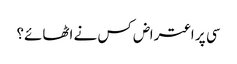
سی پر اعتراض کس نے اٹھائے؟